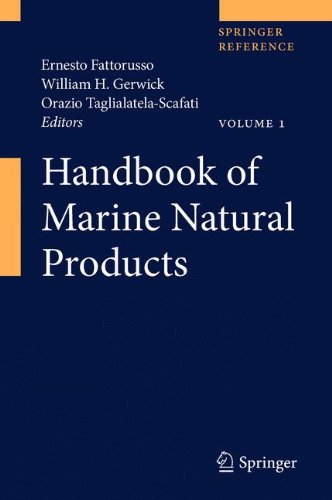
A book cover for Handbook of Marine Natural Products; Science & Math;